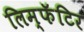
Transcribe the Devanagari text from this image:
लिम्फॅटिर